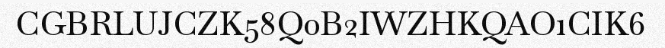
CGBRLUJCZK58Q0B2IWZHKQAO1CIK6